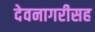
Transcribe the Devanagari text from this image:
देवनागरीसह